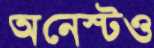
অনেস্টও